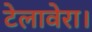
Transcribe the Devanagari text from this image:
टेलावेरा।